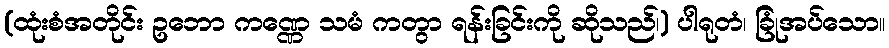
(ထုံးစံအတိုင်း ဥဘော ကဏ္ဏေ သမံ ကတွာ ရန်းခြင်းကို ဆိုသည်၊) ပါရုတံ၊ ခြုံအပ်သော။